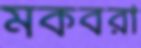
মকবরা